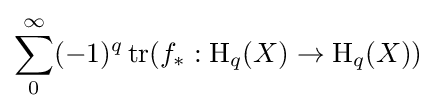
\sum _{0}^{\infty }(-1)^{q}\operatorname {tr} (f_{*}:\operatorname {H} _{q}(X)\to \operatorname {H} _{q}(X))